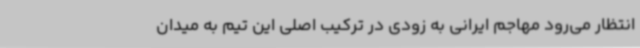
انتظار می‌رود مهاجم ایرانی به زودی در ترکیب اصلی این تیم به میدان